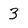
Character: 3